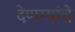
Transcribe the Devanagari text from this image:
देणग्यांचे